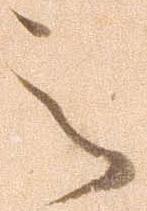
之